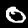
Digit: 0